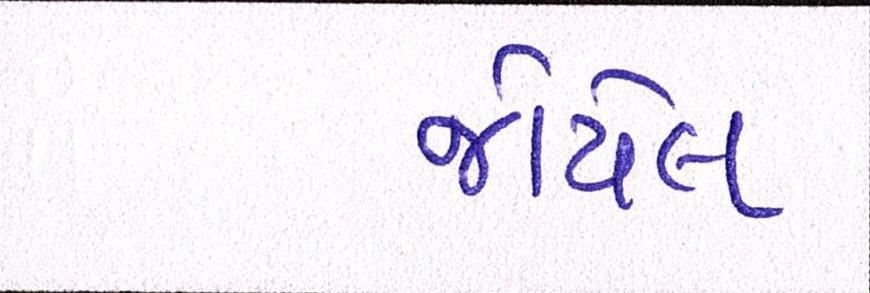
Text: જોયેલ